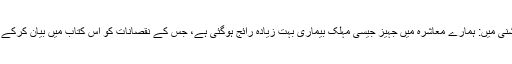
جہیز یا نقد رقم کا مطالبہ شرعی احکام کی روشنی میں: ہمارے معاشرہ میں جہیز جیسی مہلک بیماری بہت زیادہ رائج ہوگئی ہے، جس کے نقصانات کو اس کتاب میں بیان کرکے اس سے بچنے کی طرف توجہ دلائی گئی ہے۔